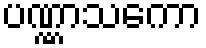
ပဏ္ဏာသကော